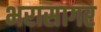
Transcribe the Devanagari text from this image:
भरासागर